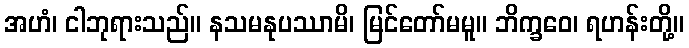
အဟံ၊ ငါဘုရားသည်။ နသမနုပဿာမိ၊ မြင်တော်မမူ။ ဘိက္ခဝေ၊ ရဟန်းတို့။